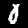
Digit: 0